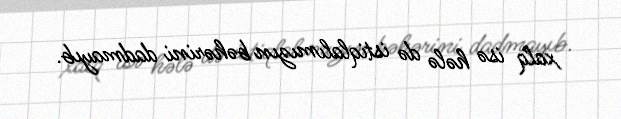
xalq isə hələ də istiqlalımızın bəhərini dadmayıb.